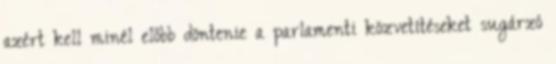
azért kell minél előbb döntenie a parlamenti közvetítéseket sugárzó